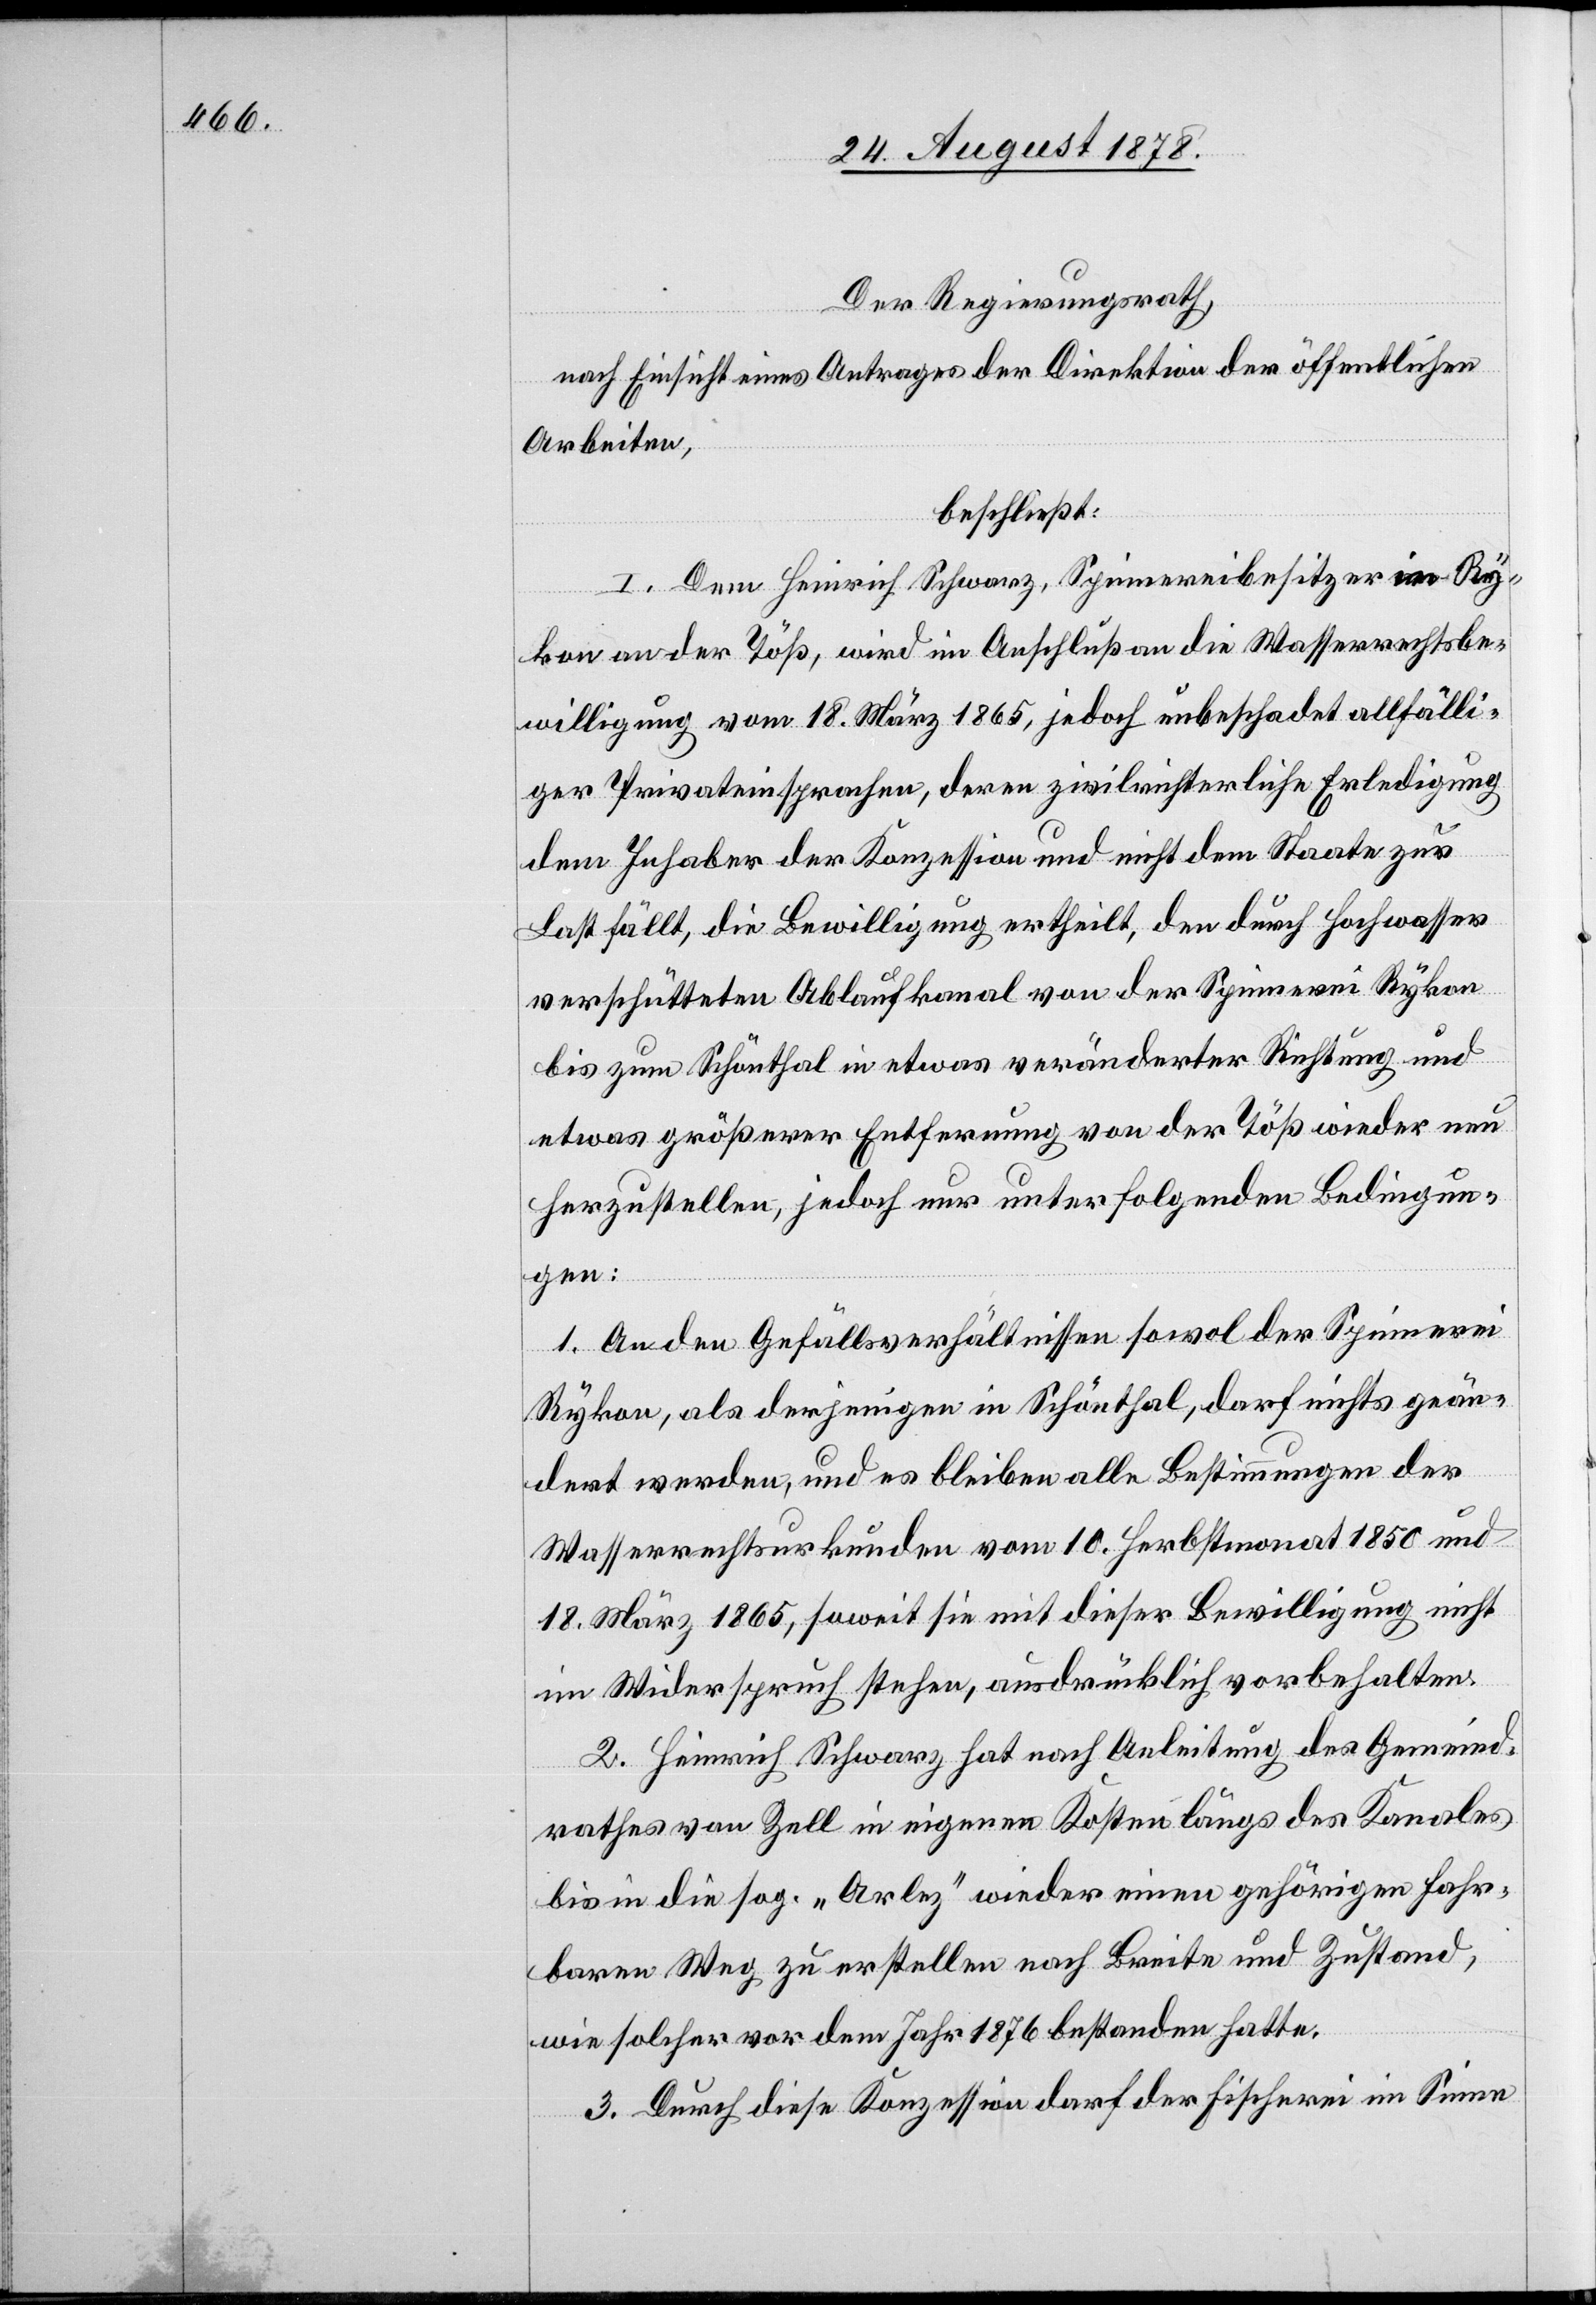
Der Regierungsrath,
nach Einsicht eines Antrages der Direktion der öffentlichen
Arbeiten,
beschließt:
I. Dem Heinrich Schwarz, Spinnereibesitzer in Ry¬
kon an der Töß, wird im Anschluß an die Wasserrechtsbe¬
willigung vom 18. März 1865, jedoch unbeschadet allfälli¬
ger Privateinsprachen, deren zivilrichterliche Erledigung
dem Inhaber der Konzession und nicht dem Staate zur
Last fällt, die Bewilligung ertheilt, den durch Hochwasser
verschütteten Ablaufkanal von der Spinnerei Rykon
bis zum Schönthal in etwas veränderter Richtung und
etwas größerer Entfernung von der Töß wieder neu
herzustellen, jedoch nur unter folgenden Bedingun¬
gen:
1. An den Gefällsverhältnissen sowol der Spinnerei
Rykon, als derjenigen in Schönthal, darf nichts geän¬
dert werden, und es bleiben alle Bestimmungen der
Wasserrechtsurkunde vom 10. Herbstmonat 1850 und
18. März 1865, soweit sie mit dieser Bewilligung nicht
im Widerspruch stehen, ausdrücklich vorbehalten.
2. Heinrich Schwarz hat nach Anleitung des Gemeind¬
rathes von Zell in eigenen Kosten längs des Kanales
bis in die sog. „Arlez“ wieder einen gehörigen fahr¬
baren Weg zu erstellen nach Breite und Zustand,
wie solcher vor dem Jahr 1876 bestanden hatte.
3. Durch diese Konzession darf der Fischerei im Sinne